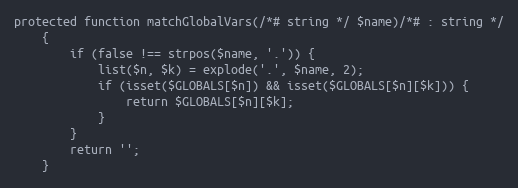
Language: PHP
protected function matchGlobalVars(/*# string */ $name)/*# : string */
    {
        if (false !== strpos($name, '.')) {
            list($n, $k) = explode('.', $name, 2);
            if (isset($GLOBALS[$n]) && isset($GLOBALS[$n][$k])) {
                return $GLOBALS[$n][$k];
            }
        }
        return '';
    }